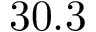
3 0 . 3